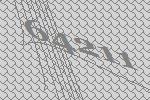
64211